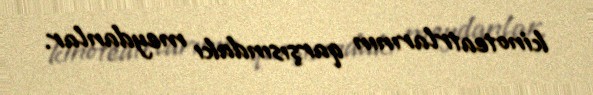
kinoteatrlarının qarşısındakı meydanlar.